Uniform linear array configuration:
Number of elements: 8
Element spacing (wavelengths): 1
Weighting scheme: binomial
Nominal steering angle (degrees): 30
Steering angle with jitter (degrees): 30.056
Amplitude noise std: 0.05
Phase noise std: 0.05

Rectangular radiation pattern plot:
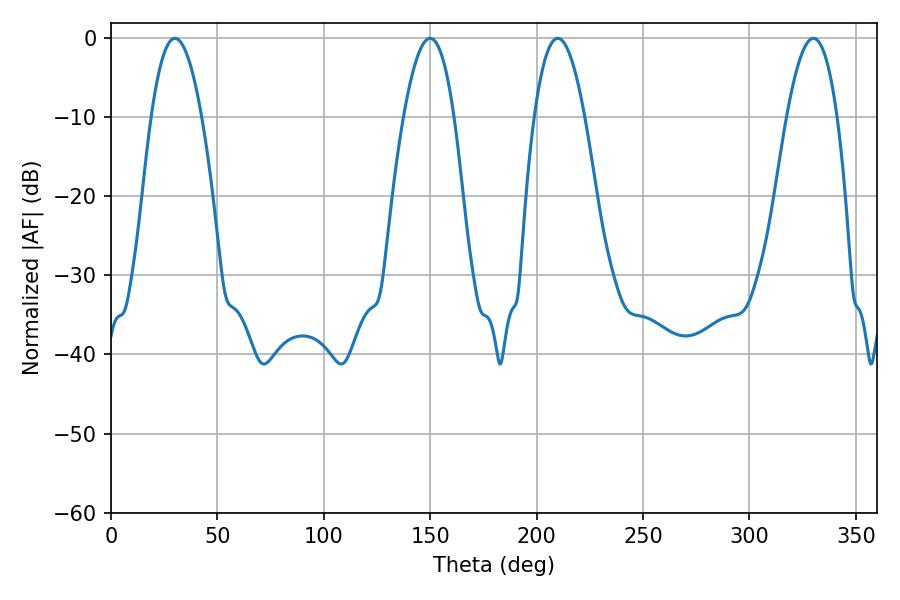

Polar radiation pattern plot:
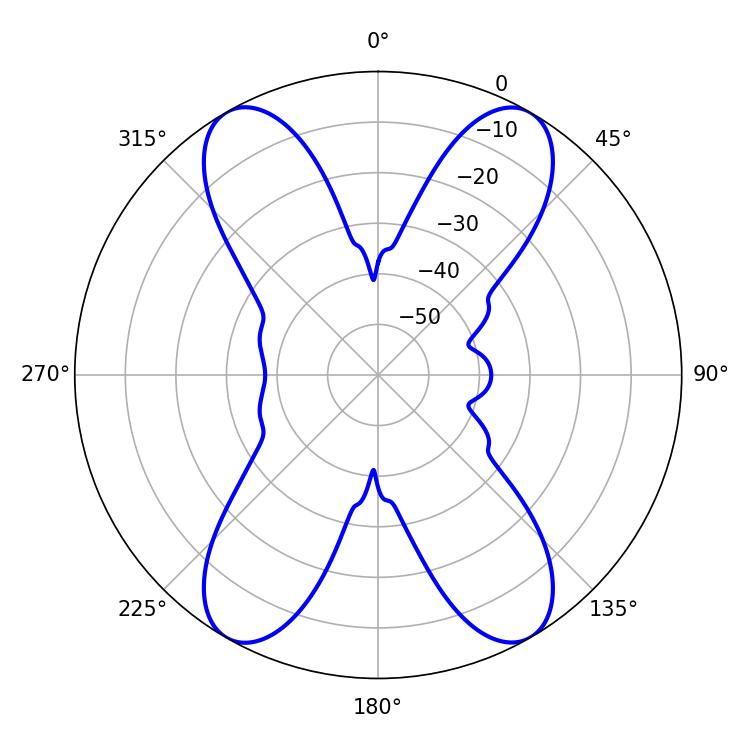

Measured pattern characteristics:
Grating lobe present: TRUE
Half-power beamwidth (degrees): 12.96
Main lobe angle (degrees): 30.06